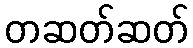
တဆတ်ဆတ်